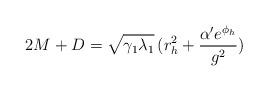
LaTeX: \begin{align*}2M+D=\sqrt{\gamma_1 \lambda_1}\,(r_h^2 +\frac{\alpha'e^{\phi_h}}{g^2})\end{align*}